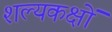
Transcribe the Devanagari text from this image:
शल्यकक्षों